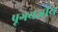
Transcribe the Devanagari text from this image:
पूगयज्ञीय